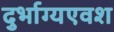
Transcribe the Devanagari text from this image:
दुर्भाग्यएवश